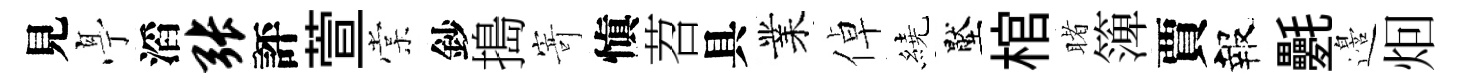
見𠅘滔张評萱棠鈔搗𭔃愼苕具業倬繞壓棺睹𥱼賈報氎邉𤇆